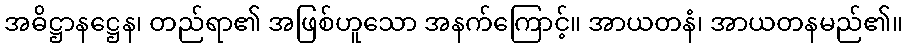
အဓိဋ္ဌာနဋ္ဌေန၊ တည်ရာ၏ အဖြစ်ဟူသော အနက်ကြောင့်။ အာယတနံ၊ အာယတနမည်၏။